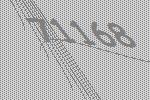
71168